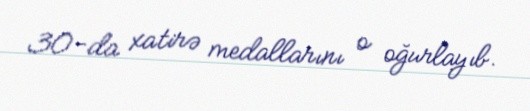
30-da xatirə medallarını o oğurlayıb.